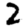
Digit: 2